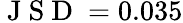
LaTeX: \mathrm{~J~S~D~}=0.035